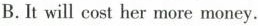
B. It will cost her more money.